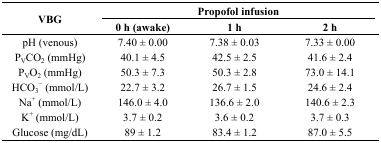
<table><thead><tr><td rowspan="2"><b>VBG</b></td><td colspan="3"><b>Propofol infusion</b></td></tr><tr><td><b>0 h (awake)</b></td><td><b>1 h</b></td><td><b>2 h</b></td></tr></thead><tbody><tr><td>pH (venous)</td><td>7.40 ± 0.00 </td><td>7.38 ± 0.03</td><td>7.33 ± 0.00</td></tr><tr><td>P<sub>V</sub>CO<sub>2</sub> (mmHg)</td><td>40.1 ± 4.5</td><td>42.5 ± 2.5</td><td>41.6 ± 2.4</td></tr><tr><td>P<sub>V</sub>O<sub>2</sub> (mmHg)</td><td>50.3 ± 7.3</td><td>50.3 ± 2.8</td><td>73.0 ± 14.1</td></tr><tr><td>HCO<sub>3</sub><sup>−</sup> (mmol/L)</td><td>22.7 ± 3.2</td><td>26.7 ± 1.5</td><td>24.6 ± 2.4</td></tr><tr><td>Na<sup>+</sup> (mmol/L)</td><td>146.0 ± 4.0</td><td>136.6 ± 2.0</td><td>140.6 ± 2.3</td></tr><tr><td>K<sup>+</sup> (mmol/L)</td><td>3.7 ± 0.2</td><td>3.6 ± 0.2</td><td>3.7 ± 0.3</td></tr><tr><td>Glucose (mg/dL)</td><td>89 ± 1.2</td><td>83.4 ± 1.2</td><td>87.0 ± 5.5</td></tr></tbody></table>